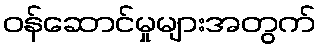
ဝန်ဆောင်မှုများအတွက်